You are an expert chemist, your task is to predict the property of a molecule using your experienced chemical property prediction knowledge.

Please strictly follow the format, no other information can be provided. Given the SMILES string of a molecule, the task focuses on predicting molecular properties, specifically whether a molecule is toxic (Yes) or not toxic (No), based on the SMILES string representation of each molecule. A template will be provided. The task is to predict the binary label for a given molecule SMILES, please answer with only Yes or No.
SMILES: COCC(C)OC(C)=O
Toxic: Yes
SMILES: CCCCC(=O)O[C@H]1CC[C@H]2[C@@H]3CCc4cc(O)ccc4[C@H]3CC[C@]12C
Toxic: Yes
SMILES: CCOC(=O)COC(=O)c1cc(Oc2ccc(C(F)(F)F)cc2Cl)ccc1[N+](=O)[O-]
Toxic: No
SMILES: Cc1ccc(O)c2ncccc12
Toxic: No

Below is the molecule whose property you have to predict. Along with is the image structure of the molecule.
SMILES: CCCCC(F)(F)[C@@]1(O)CC[C@H]2[C@@H](CC(=O)[C@@H]2CCCCCCC(=O)O)O1
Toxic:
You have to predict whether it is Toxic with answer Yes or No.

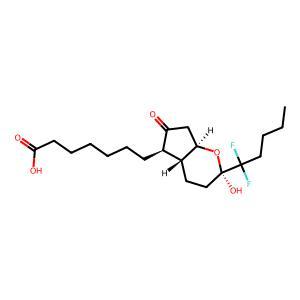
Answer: No